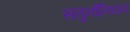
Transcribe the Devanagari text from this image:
सतुर्नालियन